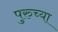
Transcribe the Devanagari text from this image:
पुरुच्या